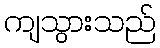
ကျသွားသည်